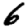
Digit: 6